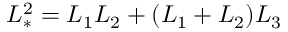
L _ { * } ^ { 2 } = { L _ { 1 } L _ { 2 } + { \left( L _ { 1 } + L _ { 2 } \right) } L _ { 3 } }